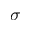
\sigma